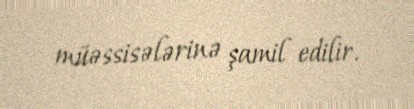
müəssisələrinə şamil edilir.